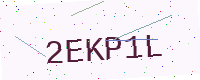
Text: 2EKP1L